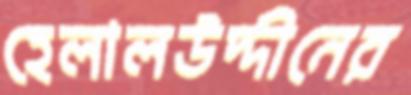
হেলালউদ্দীনের